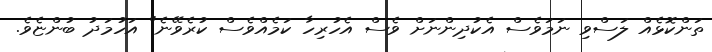
ތަންކޮޅެއް ލަސްވި ނަމަވެސް އެކުދިންނަށް ވެސް އެހުރިހާ ކަމެއްވެސް ކުރެވޭނެ" އަހުމަދު ބުންޏެވެ.